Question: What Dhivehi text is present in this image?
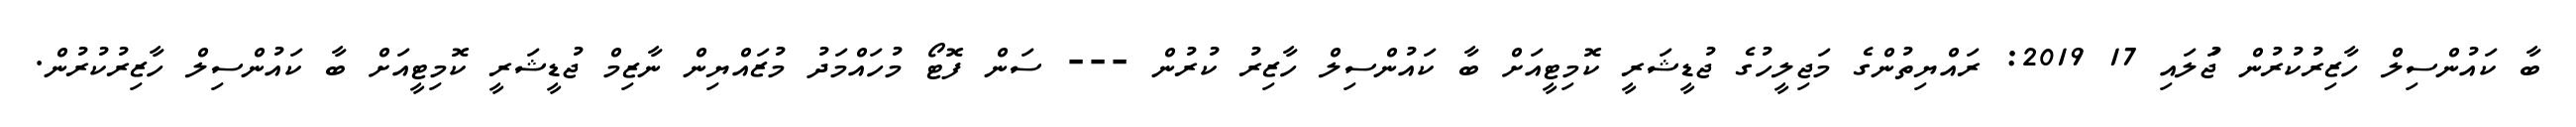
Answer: ބާ ކައުންސިލް ހާޒިރުކުރުން ޖުަލައި 17 2019: ރައްޔިތުންގެ މަޖިލީހުގެ ޖުޑީޝަރީ ކޮމިޓީއަށް ބާ ކައުންސިލް ހާޒިރު ކުރުން --- ސަން ފޮޓޯ މުހައްމަދު މުޒައްޔިން ނާޒިމް ޖުޑީޝަރީ ކޮމިޓީއަށް ބާ ކައުންސިލް ހާޒިރުކުރުން.